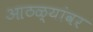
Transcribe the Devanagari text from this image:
आठळ्यांवर